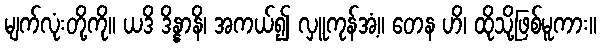
မျက်လုံးတို့ကို။ ယဒိ ဒိန္နာနိ၊ အကယ်၍ လှူကုန်အံ့။ တေန ဟိ၊ ထိုသို့ဖြစ်မူကား။